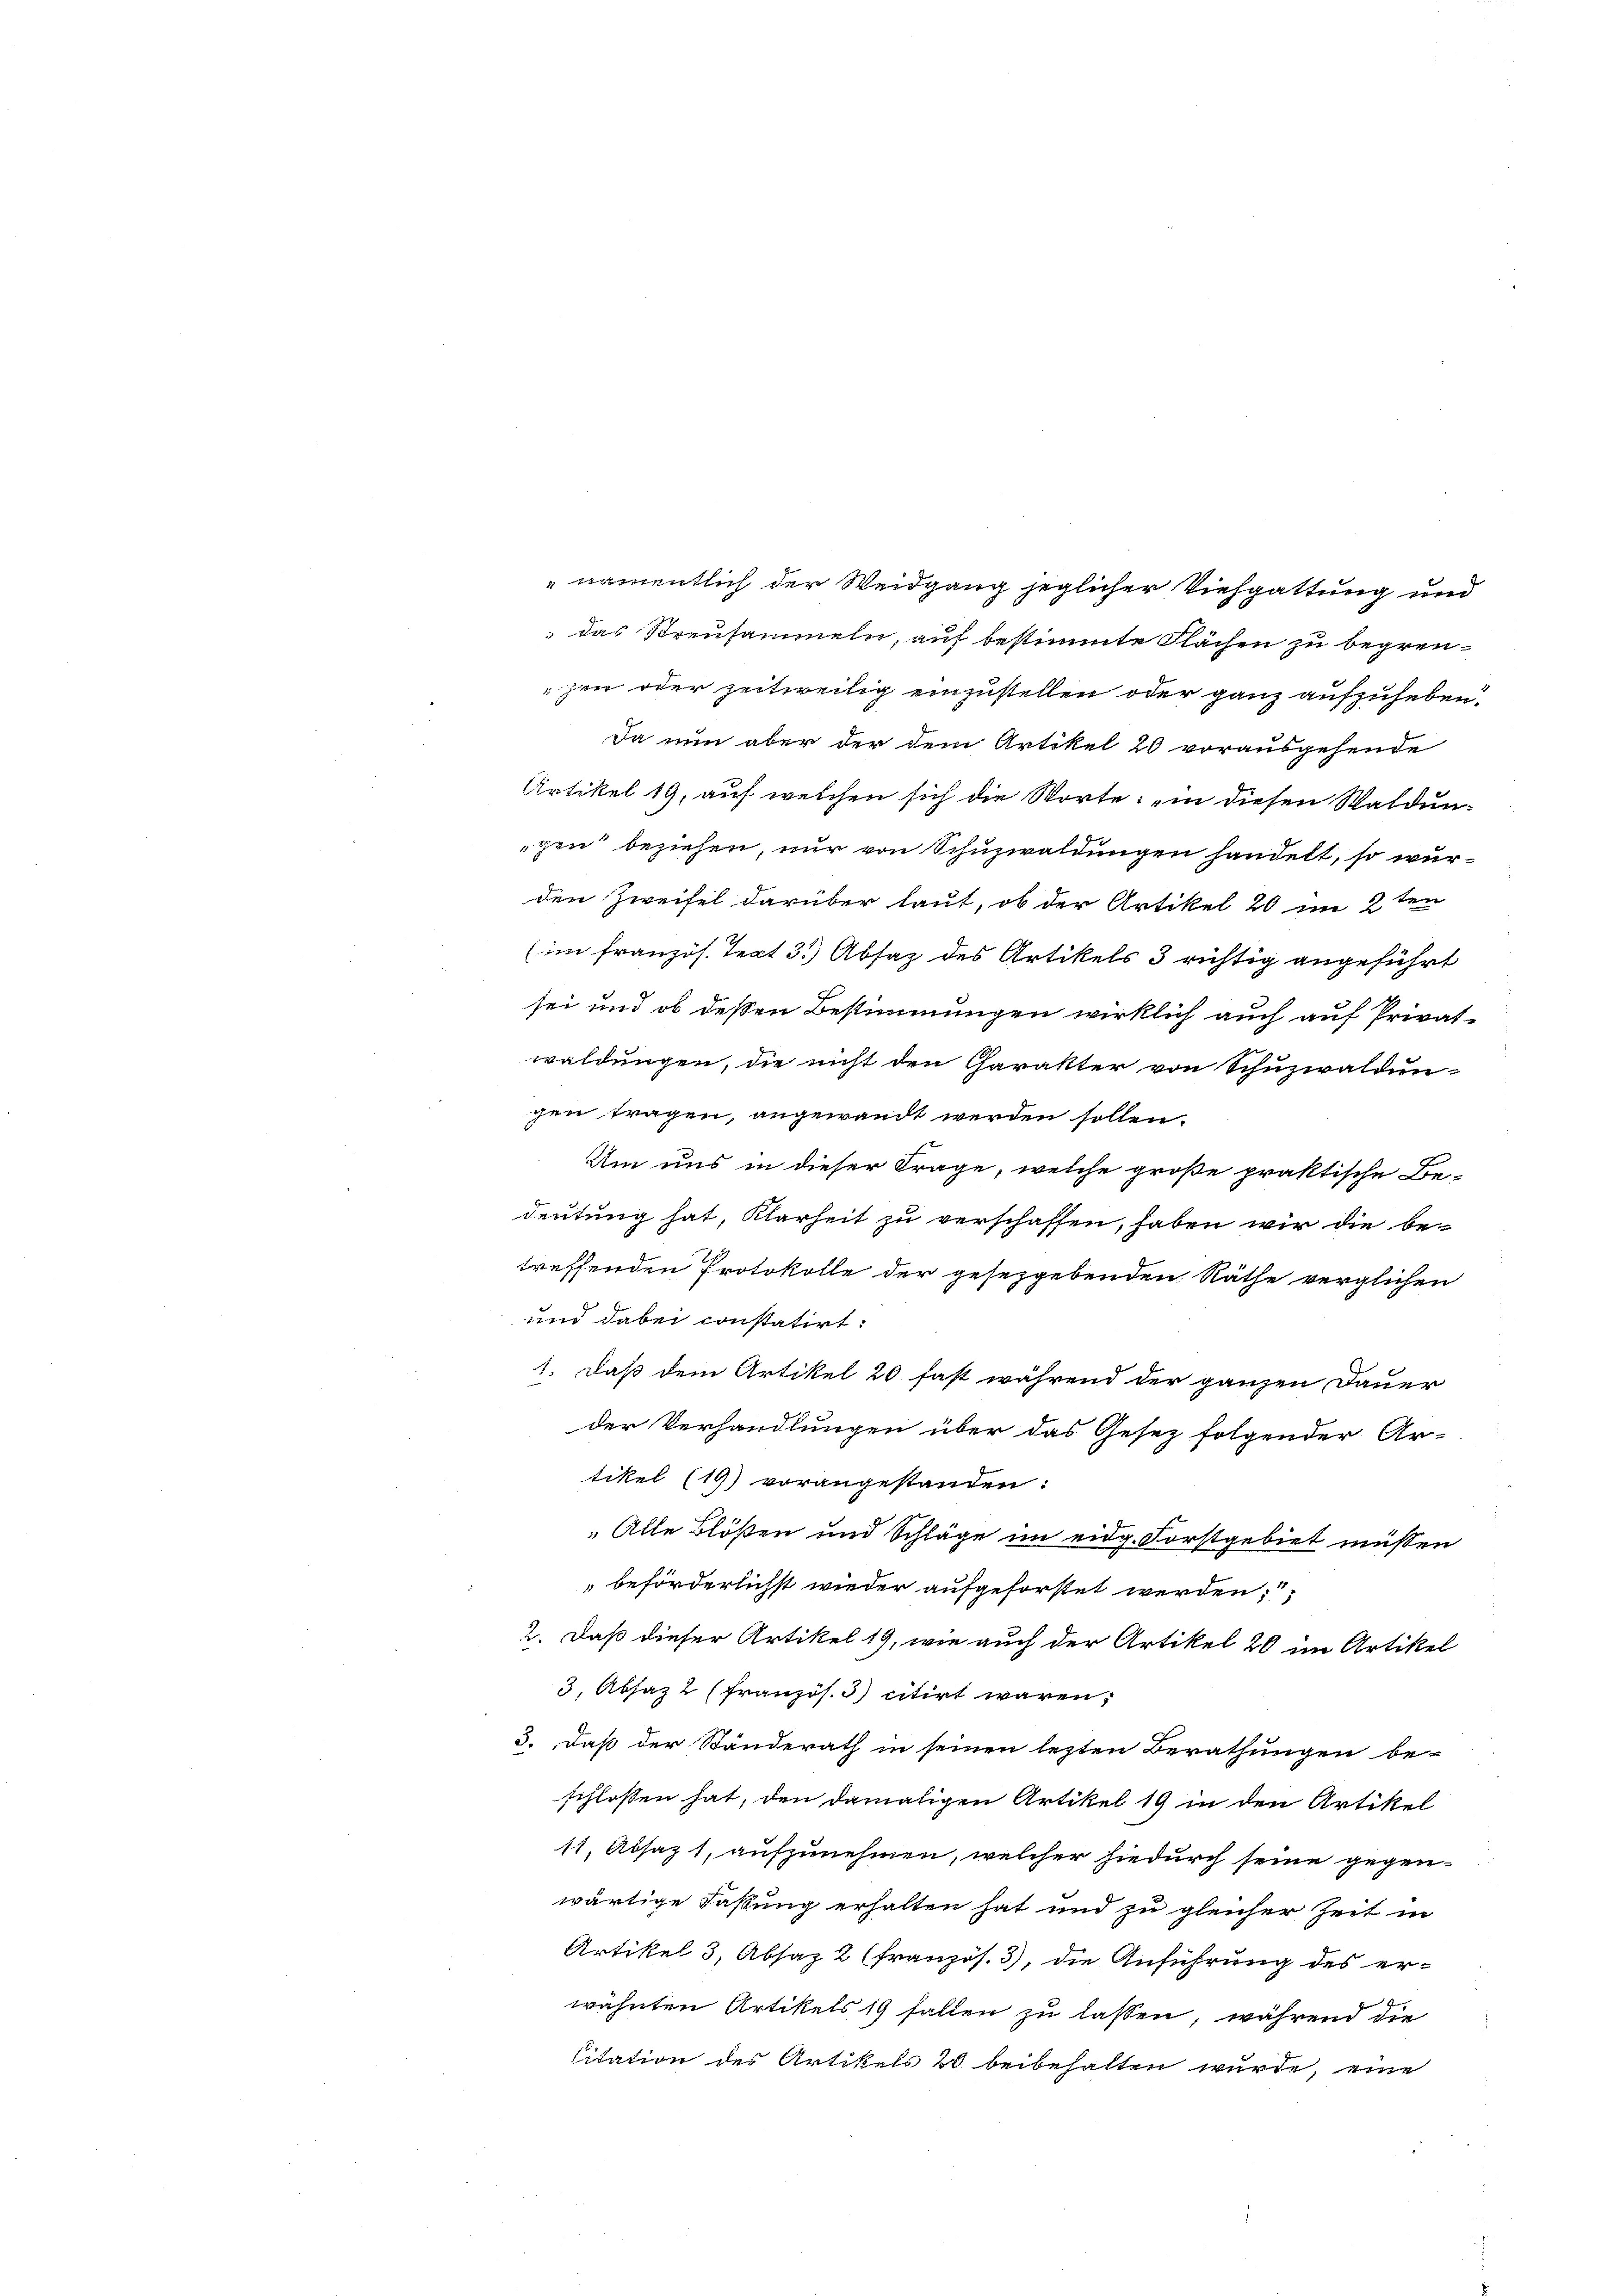
das Streusammeln, auf bestimmte Flächen zu begrenjen oder zeitweilig einzustellen oder ganz aufzuheben.
Da nun aber der dem Artikel 20 vorausgehende
Artikel 19, auf welchen sich die Worte: „in diesen Waldun-
gen beziehen, nur von Schuzwaldungen handelt, so wurden Zweifel darüber laut, ob der Artikel 20 im 2ten
(im französ. Text 35 Absaz des Artikels 3 richtig angeführt
sei und ob dessen Bestimmungen wirklich auch auf Privat-
waldungen, die nicht den Charakter von Schuzwaldun-
gen tragen, angewandt werden sollen.
Um uns in dieser Frage, welche große praktische Be-
deutung hat, Klarheit zu verschaffen, haben wir die betreffenden Protokolle der gesetzgebenden Räthe verglichen
und dabei constatirt:
1. daß dem Artikel 20 fast während der ganzen Dauer
der Verhandlungen über das Gesez folgender Ar-
tikel (19) vorangestanden:
„Alle Blößen und Schläge im eidg. Forstgebiet müssen
beförderlichst wieder aufgeforstet werden;
2. Daß dieser Artikel 19, wie auch der Artikel 20 im Artikel
3. Absazt (französ. 3) citirt waren,
3. daß der Ständerath in seinen lezten Berathungen be-
schlossen hat, den damaligen Artikel 19 in den Artikel
11, Absaz 1, aufzunehmen, welcher hiedurch seine gegenwärtige Fassung erhalten hat und zu gleicher Zeit in
Artikel 3, Absaz 2 (französ. 3), die Anführung des er-
wähnten Artikels 19 fallen zu lassen, während die
Citation des Artikels 20 beibehalten wurde, eine

namentlich der Weidgang jeglicher Viehgattung und